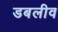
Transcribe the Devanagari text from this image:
डबलीव